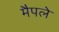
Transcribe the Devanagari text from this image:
मैपले